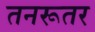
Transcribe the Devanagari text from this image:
तनरूतर